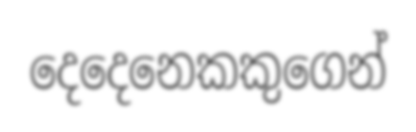
දෙදෙනෙකකුගෙන්